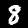
Digit: 8